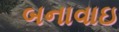
બનાવાઇ